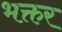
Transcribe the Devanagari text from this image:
भक्तर